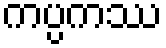
ကပ္ပကဿ